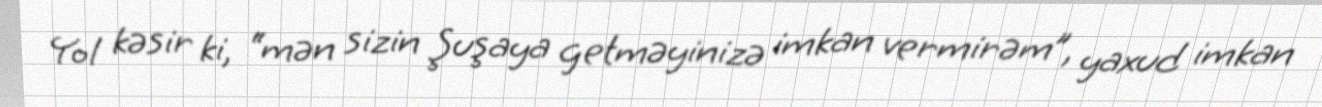
Yol kəsir ki, “mən sizin Şuşaya getməyinizə imkan vermirəm”, yaxud imkan